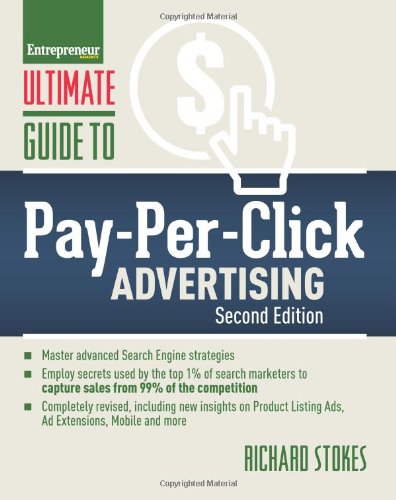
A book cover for Ultimate Guide to Pay-Per-Click Advertising (Ultimate Series); Richard Stokes; Computers & Technology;